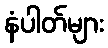
နံပါတ်များ